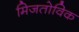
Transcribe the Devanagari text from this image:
मिजतोविक